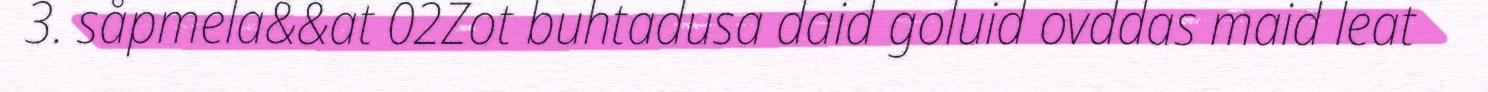
3. såpmela&&at 02Zot buhtadusa daid goluid ovddas maid leat